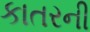
કાતરની